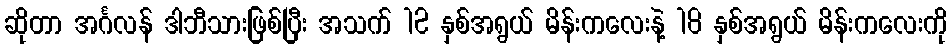
ဆိုတာ အင်္ဂလန် ဒါဘီသားဖြစ်ပြီး အသက် 12 နှစ်အရွယ် မိန်းကလေးနဲ့ 18 နှစ်အရွယ် မိန်းကလေးကို